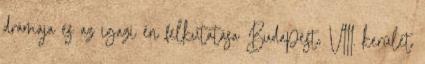
drámája és az igazi én felkutatása Budapest, VIII. kerület